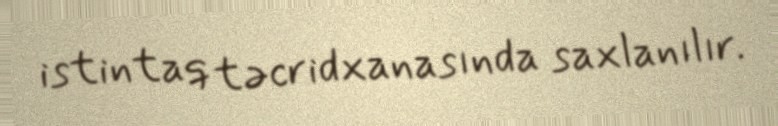
istintaq təcridxanasında saxlanılır.